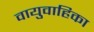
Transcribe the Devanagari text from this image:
वायुवाहिका